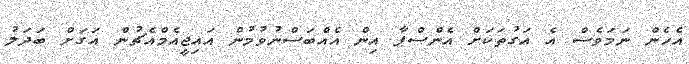
އެހެން ނަމަވެސް އެ އަގުތަކަށް އެންސްޕާ އިން އެއްބަސްނުވުމުން އައިޖީއެމްއެޗުން އަަގަށް ބަދަލު